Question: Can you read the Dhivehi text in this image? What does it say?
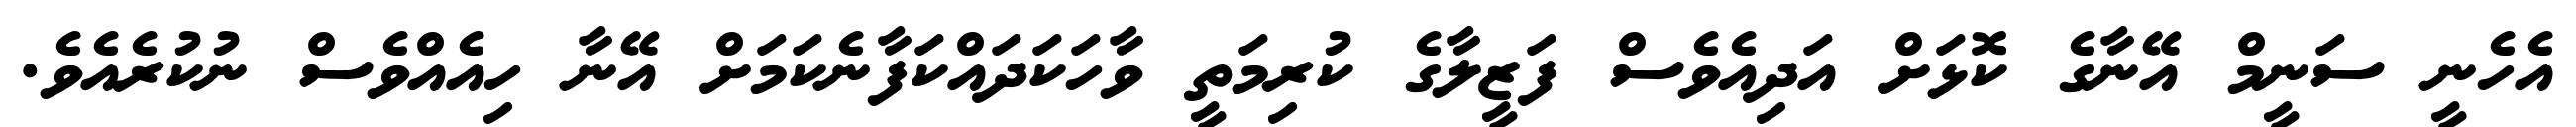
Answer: އެހެނީ ސަނީމް އޭނާގެ ކޮޅަށް އަދިއެވެސް ފަޒީލާގެ ކުރިމަތީ ވާހަކަދައްކަފާނެކަމަށް އޭނާ ހިއެއްވެސް ނުކުރެއެވެ.